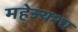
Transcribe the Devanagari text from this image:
महेज्यश्च